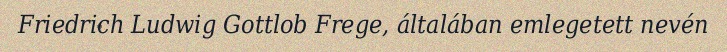
Friedrich Ludwig Gottlob Frege, általában emlegetett nevén